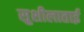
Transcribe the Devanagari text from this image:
सुशीलाताई